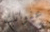
عنوانك